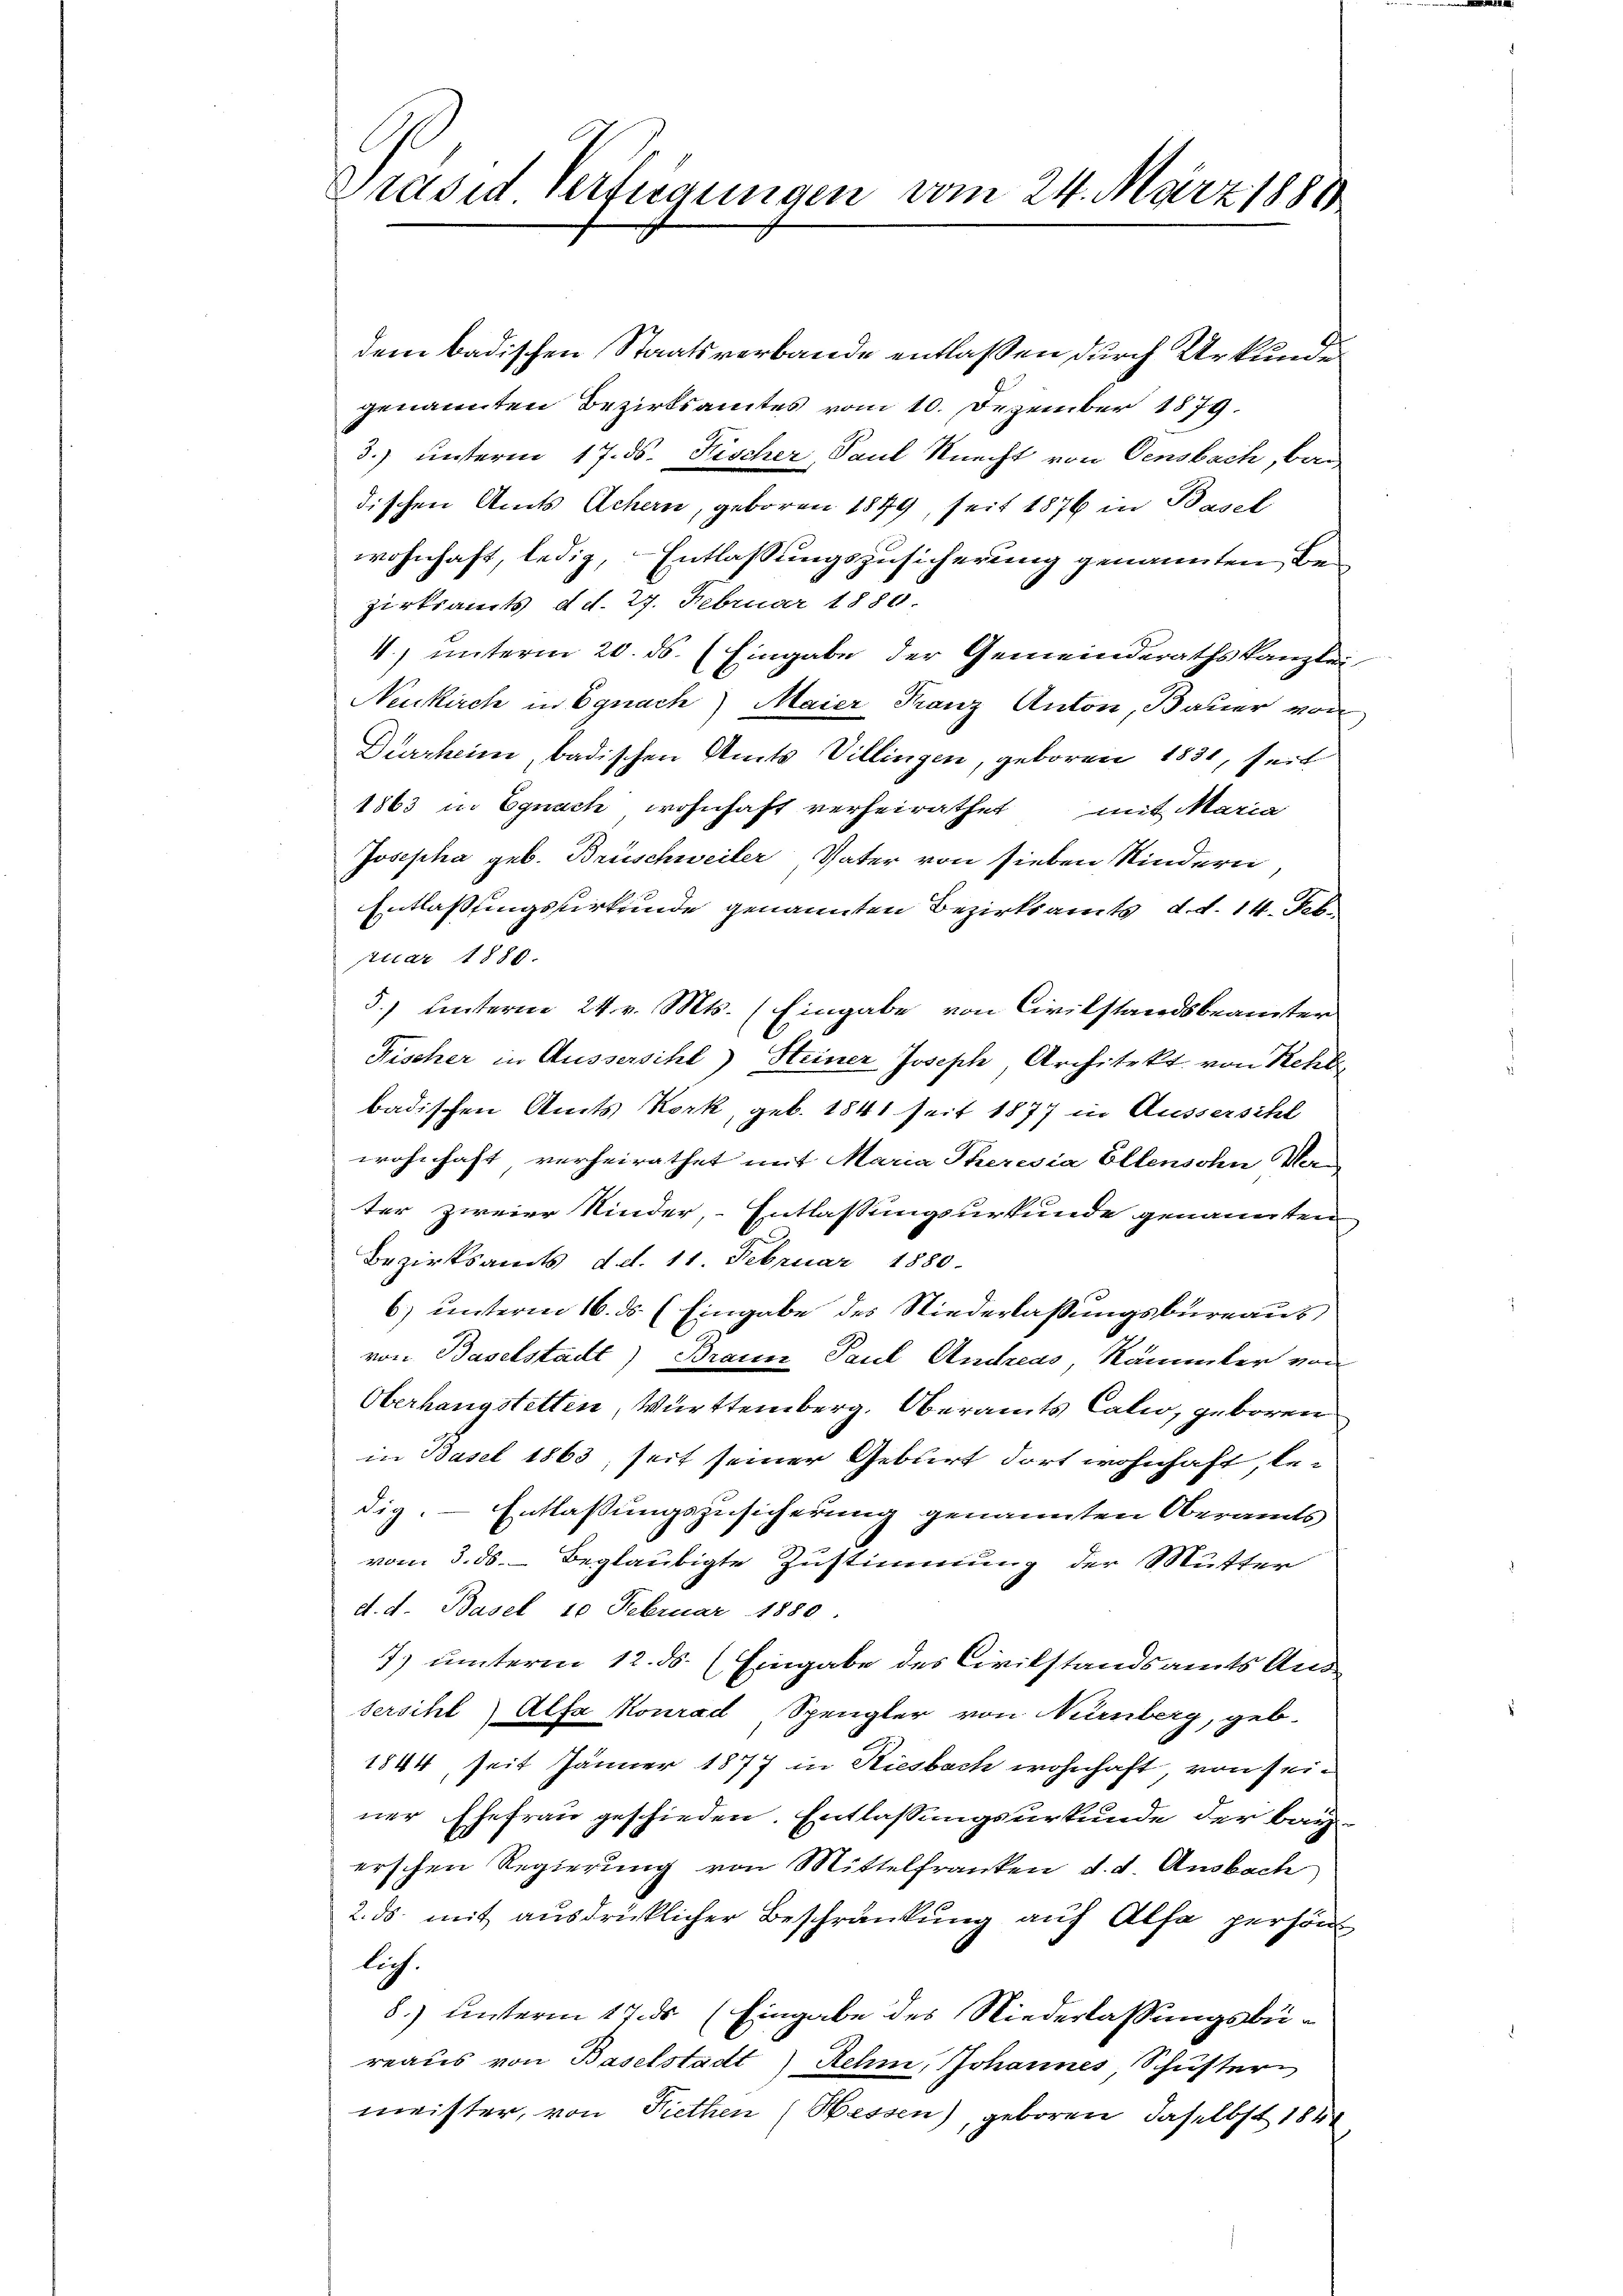
Grasen Verfügungen vom 24. März 1881

dem badischen Staatsverbande entlaßen durch Urkunde
genannten Bezirksamtes vom 10. Dezember 1879.
3.) unterm 17. ds. Fischer, Paul Knecht von Censbach, bar
dischen Amts Achern, geboren 1879, seit 1876 in Basel
wohnhaft, ledig, Entlassungszusicherung genannten Bezirksamts, d. d. 27. Februar 1880.
4.) unterm 20. ds. (Eingabe der Gemeinderathskanzlei,
Neukirch in Egnach Maier Franz Anton, Bauer von
Durrheim, badischen Amts Villingen, geboren 1831, seit
1863 in Egnach wohnhaft verheirathet mit Maria
Josepha geb. Brüschweiler, Vater von sieben Kindern
Entlaßungsurkunde genannten Bezirksamts, d. d. 14. Febr
tuar 1880.
5) unterm 24. v. Mts. (Eingabe von Civilstandsbeamter
Fischer in Aussersihl) Steiner Joseph, Architekt von Kehl
badischen Amts Kork, geb. 1841 seit 1877 in Äussersihl
wohnhaft, verheirathet mit Maria Theresia Ellensohn Vor-
ter zweier Kinder, Entlassungsurkunde genannten
Bezirksamts d.d. 11 Februar 1880.
6) unterm 16. ds (Eingabe des Niederlaßungsbureaus
von Baselstadt) Braun Paul Andreas, Kammler von
Oberhangstetten, Württemberg, Oberamts Cali, geboren
in Basel 1863, seit seiner Geburt dort wohnhaft, bedig. Entlassungszusicherung genannten Oberamts
vom 3. ds. beglaubigte Zustimmung der Mutter
d. d. Basel 10 Februar 1880
7) unterm 12. ds. (Eingabe des Civilstandsamts Aussersihl Alfa Konrad Spengler von Nürnberg, geb.
1844, seit Jänner 1877 in Riesbach wohnhaft, von seiner Ehefrau geschieden. Entlassungsurkunde der bayerschen Regierung von Mittelfranken d. d. Ausbach
2. ds. mit ausdrücklicher Beschränkung auf Alfa persön
lich.
8.) unterm 17. ds (Eingabe des Niederlassungsbereaus von Baselstadt Rehm, Johannes, Schŭster
meister, von Niethen (Hessen), geboren, daselbst 1848